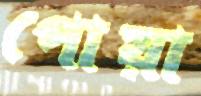
পোয়া